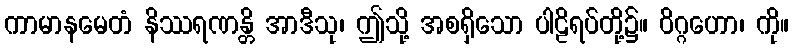
ကာမာနမေတံ နိဿရဏန္တိ အာဒီသု၊ ဤသို့ အစရှိသော ပါဠိရပ်တို့၌။ ဝိဂ္ဂဟော၊ ကို။